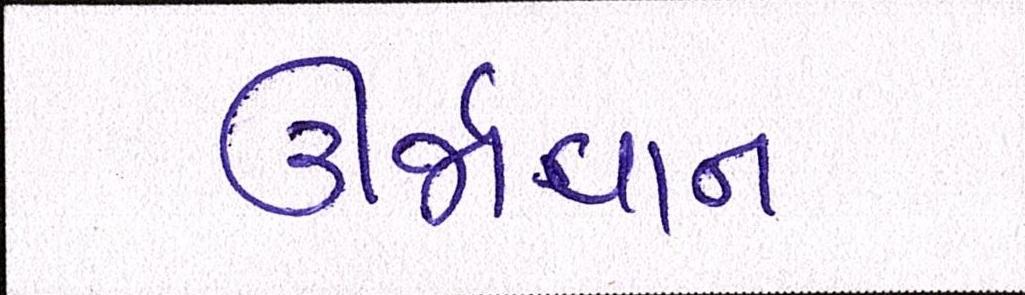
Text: ઊર્જાવાન